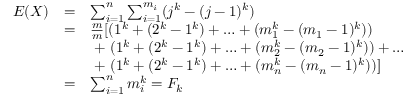
{ \begin{array} { l l l } { E ( X ) } & { = } & { \sum _ { i = 1 } ^ { n } \sum _ { i = 1 } ^ { m _ { i } } ( j ^ { k } - ( j - 1 ) ^ { k } ) } \\ & { = } & { { \frac { m } { m } } [ ( 1 ^ { k } + ( 2 ^ { k } - 1 ^ { k } ) + \ldots + ( m _ { 1 } ^ { k } - ( m _ { 1 } - 1 ) ^ { k } ) ) } \\ & & { \; + \; ( 1 ^ { k } + ( 2 ^ { k } - 1 ^ { k } ) + \ldots + ( m _ { 2 } ^ { k } - ( m _ { 2 } - 1 ) ^ { k } ) ) + \ldots } \\ & & { \; + \; ( 1 ^ { k } + ( 2 ^ { k } - 1 ^ { k } ) + \ldots + ( m _ { n } ^ { k } - ( m _ { n } - 1 ) ^ { k } ) ) ] } \\ & { = } & { \sum _ { i = 1 } ^ { n } m _ { i } ^ { k } = F _ { k } } \end{array} }